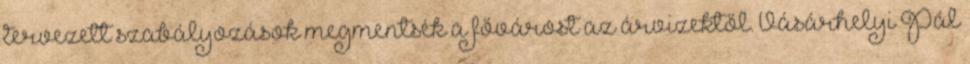
tervezett szabályozások megmentsék a fővárost az árvizektől. Vásárhelyi Pál